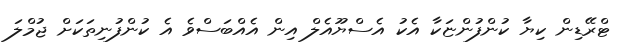
ޓްރޭޑިން ކިޔާ ކުންފުންޏަކާ އެކު އެސްޔޫއެލް އިން އެއްބަސްވެ އެ ކުންފުނިތަކަށް ޖުމްލަ